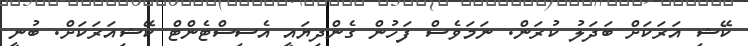
ކޭޝި އަރަކަށް ބަދަލު ކުރަން. ނަމަވެސް ފަހުން ގެންދިޔައީ އެސިސްޓެންޓް ކޭޝިއަރަކަށް. ބުނީ